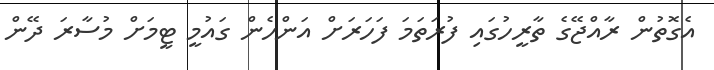
އެގޮތުން ރާއްޖޭގެ ތާރީހުގައި ފުރަތަމަ ފަހަރަށް އަންހެން ގައުމީ ޓީމަށް މުސާރަ ދޭން